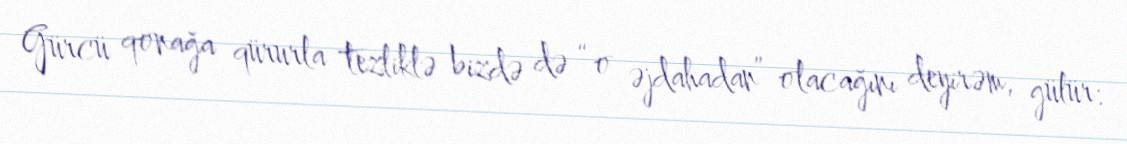
Gürcü qonağa qürurla tezliklə bizdə də “o əjdahadan” olacağını deyirəm, gülür: